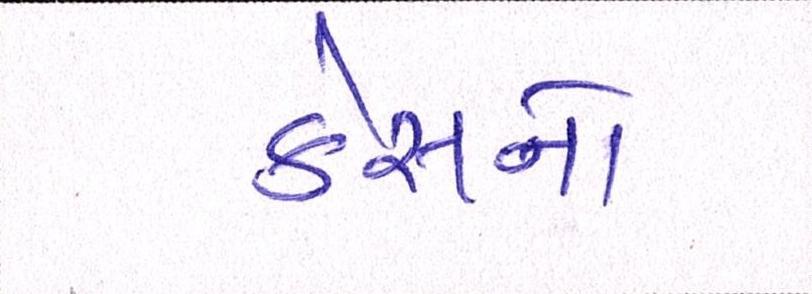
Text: કેસનો